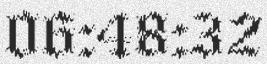
06:48:32